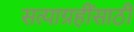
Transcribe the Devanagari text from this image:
सत्याग्रहींसाठी